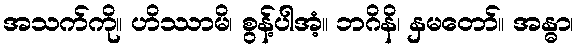
အသက်ကို။ ဟိဿာမိ၊ စွန့်ပါအံ့။ ဘဂိနိ၊ နှမတော်။ အန္ဓာ၊